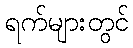
ရက်များတွင်